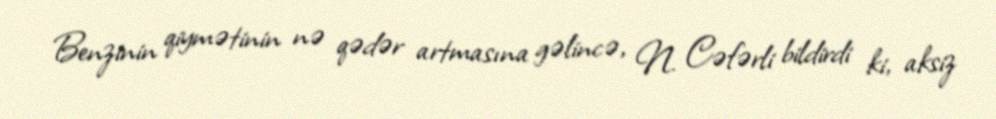
Benzinin qiymətinin nə qədər artmasına gəlincə, N. Cəfərli bildirdi ki, aksiz